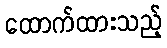
ထောက်ထားသည့်